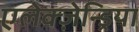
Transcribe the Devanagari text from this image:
एलेक्ज़ेन्ड्रिया